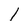
Character: l